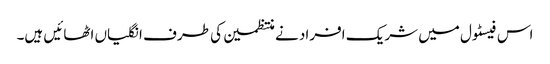
اس فیسٹول میں شریک افراد نے منتظمین کی طرف انگلیاں اٹھائیں ہیں۔